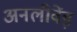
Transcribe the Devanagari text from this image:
अनलीवेंड़